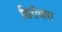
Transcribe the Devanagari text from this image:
शिरोधारा